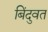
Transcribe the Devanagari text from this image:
बिंदुवत